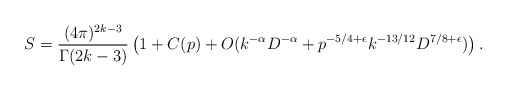
\begin{align*} S= \frac{(4\pi)^{2k-3}}{\Gamma(2k-3)}\left(1 + C(p) + O(k^{-\alpha}D^{-\alpha}+p^{-5/4+\epsilon} k^{-13/12} D^{7/8+\epsilon})\right).\end{align*}